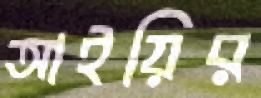
আইয়ির